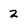
Character: 2